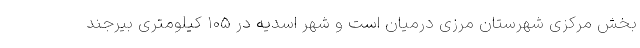
بخش مرکزی شهرستان مرزی درمیان است و شهر اسدیه در ۱۰۵ کیلومتری بیرجند